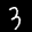
Label: 3